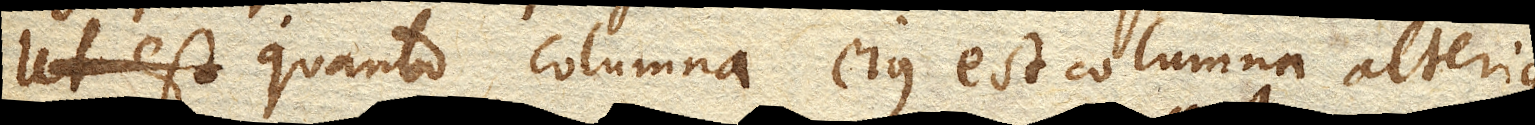
ut est quanto columna ejus est columna alterius